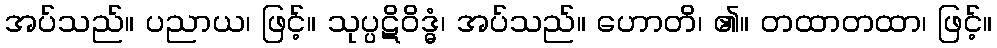
အပ်သည်။ ပညာယ၊ ဖြင့်။ သုပ္ပဋိဝိဒ္ဓံ၊ အပ်သည်။ ဟောတိ၊ ၏။ တထာတထာ၊ ဖြင့်။